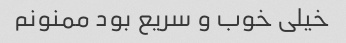
خیلی خوب و سریع بود ممنونم